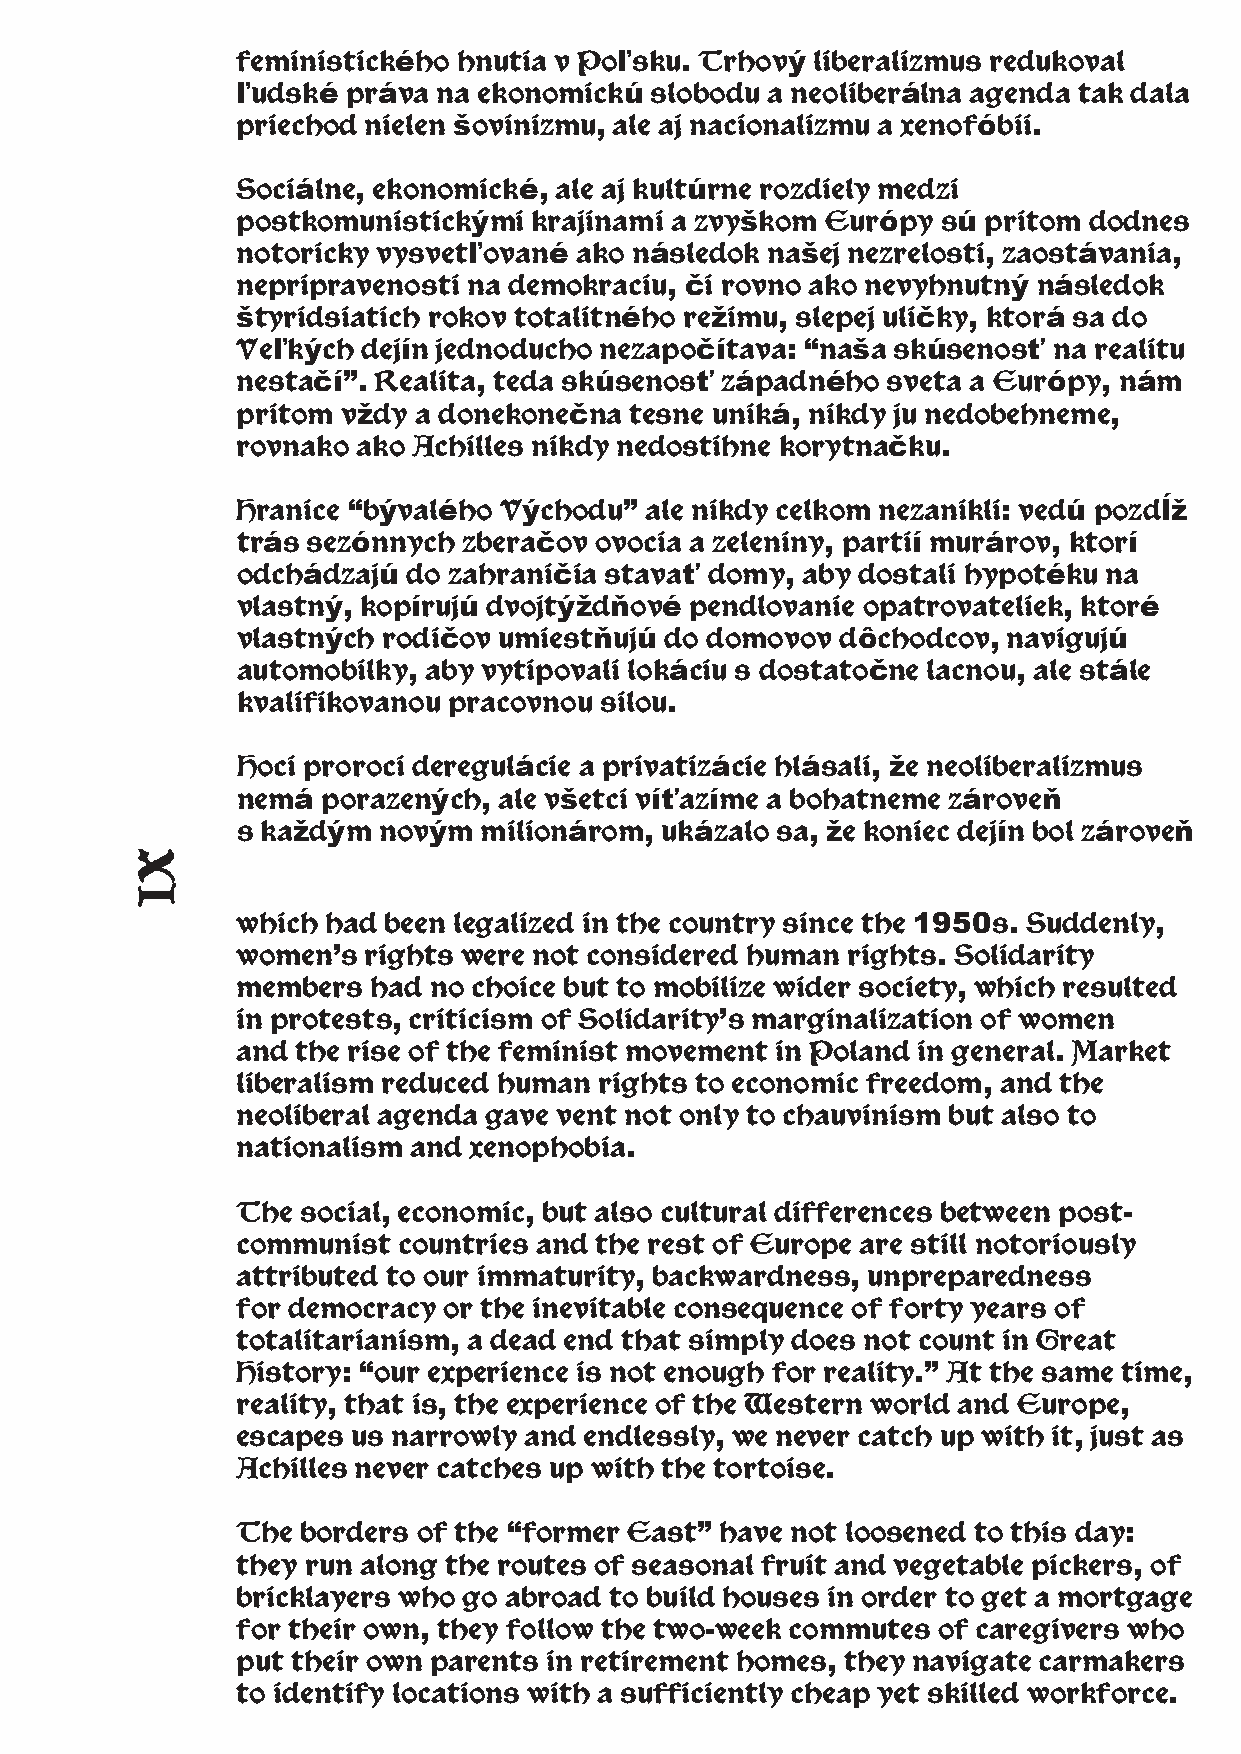
feministického hnutia v Poľsku. Trhový liberalizmus redukoval
 ľudské práva na ekonomickú slobodu a neoliberálna agenda tak dala
 priechod nielen šovinizmu, ale aj nacionalizmu a xenofóbii.
 Sociálne, ekonomické, ale aj kultúrne rozdiely medzi
 postkomunistickými krajinami a zvyškom Európy sú pritom dodnes
 notoricky vysvetľované ako následok našej nezrelosti, zaostávania,
 nepripravenosti na demokraciu, či rovno ako nevyhnutný následok
 štyridsiatich rokov totalitného režimu, slepej uličky, ktorá sa do
 Veľkých dejín jednoducho nezapočítava: “naša skúsenosť na realitu
 nestačí”. Realita, teda skúsenosť západného sveta a Európy, nám
 pritom vždy a donekonečna tesne uniká, nikdy ju nedobehneme,
 rovnako ako Achilles nikdy nedostihne korytnačku.
 Hranice “bývalého Východu” ale nikdy celkom nezanikli: vedú pozdĺž
 trás sezónnych zberačov ovocia a zeleniny, partií murárov, ktorí
 odchádzajú do zahraničia stavať domy, aby dostali hypotéku na
 vlastný, kopírujú dvojtýždňové pendlovanie opatrovateliek, ktoré
 vlastných rodičov umiestňujú do domovov dôchodcov, navigujú
 automobilky, aby vytipovali lokáciu s dostatočne lacnou, ale stále
 kvalifikovanou pracovnou silou.
 Hoci proroci deregulácie a privatizácie hlásali, že neoliberalizmus
 nemá porazených, ale všetci víťazíme a bohatneme zároveň
 s každým novým  milionárom, ukázalo sa, že koniec dejín bol zároveň
 which had been legalized in the country since the 1950s. Suddenly,
 women’s rights were not considered human rights. Solidarity
 members had no choice but to mobilize wider society, which resulted
 in protests, criticism of Solidarity’s marginalization of women
 and the rise of the feminist movement in Poland in general. Market
 liberalism reduced human rights to economic freedom, and the
 neoliberal agenda gave vent not only to chauvinism but also to
 nationalism and xenophobia.
 The social, economic, but also cultural differences between post-
 communist countries and the rest of Europe are still notoriously
 attributed to our immaturity, backwardness, unpreparedness
 for democracy or the inevitable consequence of forty years of
 totalitarianism, a dead end that simply does not count in Great
 History: “our experience is not enough for reality.” At the same time,
 reality, that is, the experience of the Western world and Europe,
 escapes us narrowly and endlessly, we never catch up with it, just as
 Achilles never catches up with the tortoise.
 The borders of the “former East” have not loosened to this day:
 they run along the routes of seasonal fruit and vegetable pickers, of
 bricklayers who go abroad to build houses in order to get a mortgage
 for their own, they follow the two-week commutes of caregivers who
 put their own parents in retirement homes, they navigate carmakers
 to identify locations with a sufficiently cheap yet skilled workforce.
 XI